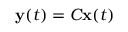
\mathbf { y } ( t ) = C \mathbf { x } ( t )